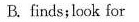
B. finds; look for